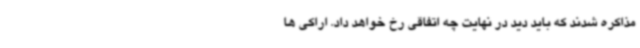
مذاکره شدند که باید دید در نهایت چه اتفاقی رخ خواهد داد. اراکی ها